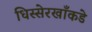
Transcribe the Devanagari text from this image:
धिस्सेरखाँकडे